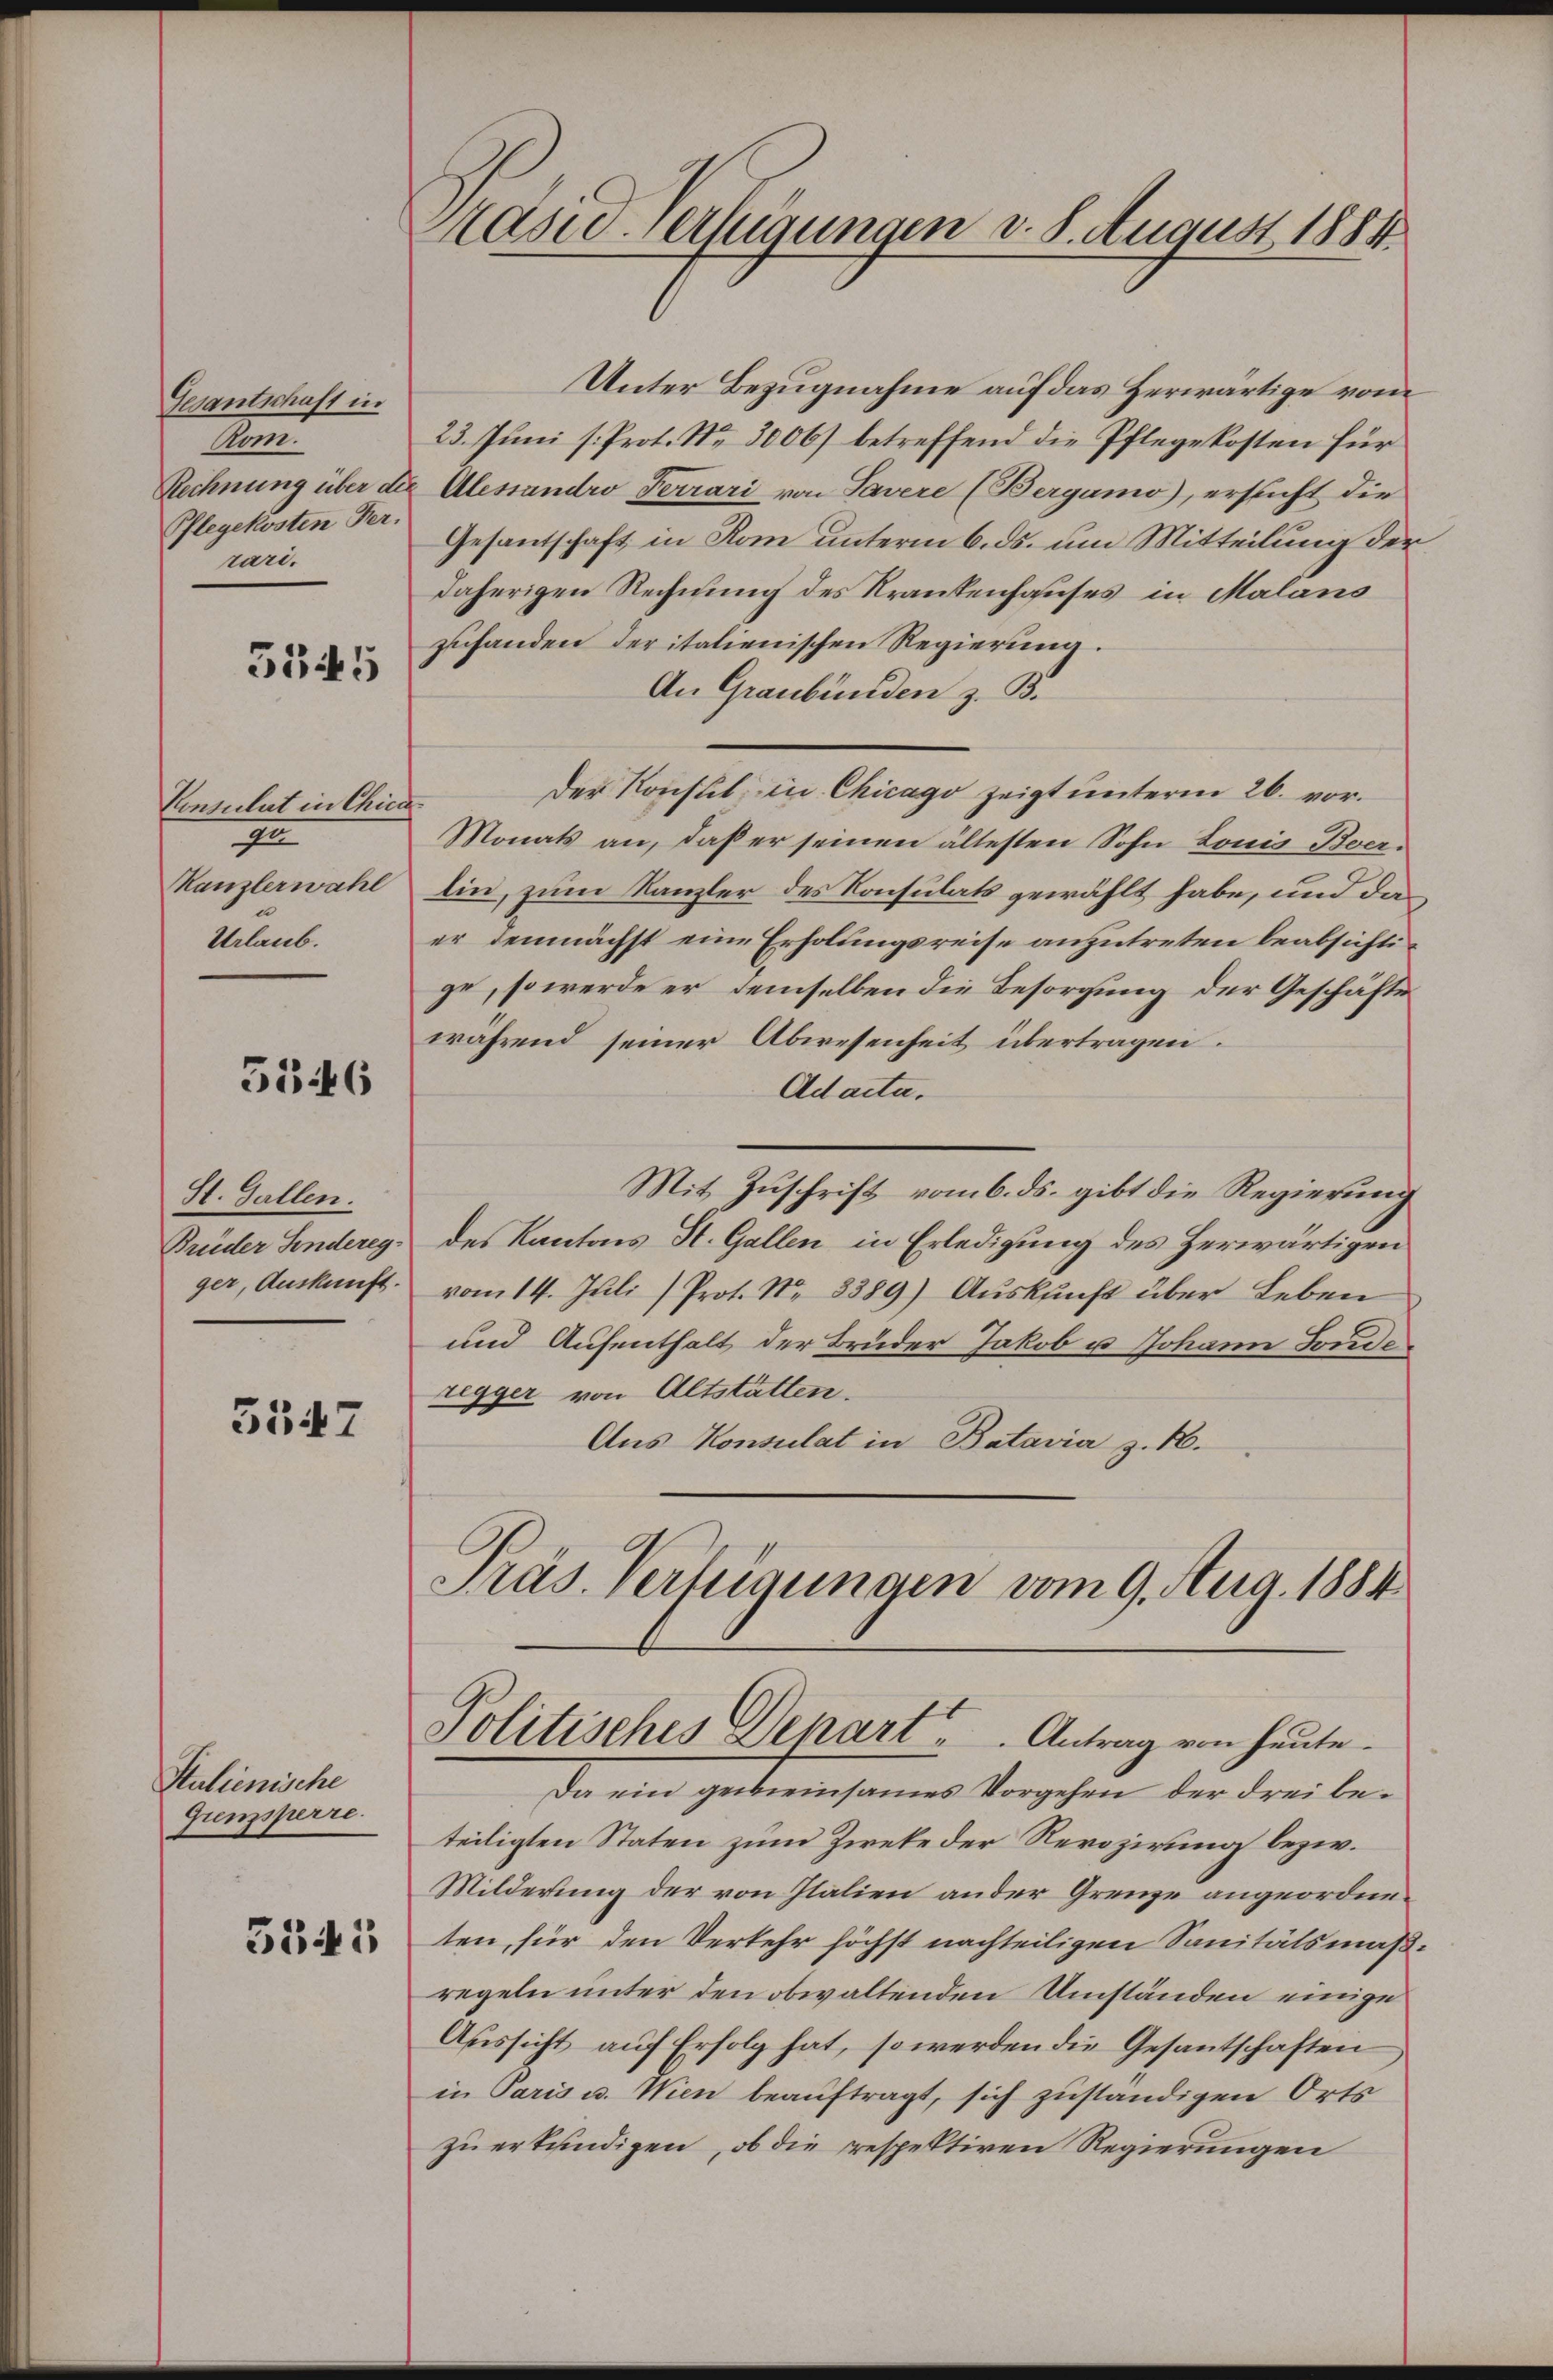
Gesantschaft in
Rom.
Rechnung über de
Pflegekosten Per.
rari.

5545

Consulat in Chica
I
Kanzlerwähl
Urlaub.

5146

St. Gallen.
Brüder Sindereg-
ger, Auskunft.

3547

Stulienische
Gremsperre

3345

Masie-Verfügungen d. 8. August 1884.

Unter Bezugnahme auf das Herwärtige vom
23. Juni s. Prot. No 3000 betreffend die Pflegekosten für
Alessandro Ferrari von Tavere (Bergamo), ersucht die
Gesantschaft in Rom unterm 6. ds. um Mitteilung der
daherigen Rechnung des Krankenhauses in Malans
zuhanden der italienischen Regierung.
An Graubünden z. B.
Der Konsul in Chicago zeigt unterm 26. vor.
Monats an, daß er seinen ältesten Sohn Louis Bverlin, zum Kanzler des Konsulats gewählt habe, und das
er demnächst eine Erholungsreise anzutreten beabsichtige, so werde er demselben die Besorgung der Geschäfte
während seiner Abwesenheit übertragen.
Adacta.
Mit Zuschrift vom 6. ds. gibt die Regierung
des Kantons St. Gallen in Erledigung des Herwärtigen
vom 14. Juli Prot. N. 3389) Auskunft über Leben
und Aufenthalt der Bruder Jakob u Johann Sonde
regger von Altstatten.
Aus Konsulat in Batavia z. B.
Präs. Verfügungen vom 9. Aug. 1884

Politisches Depart. Antrag von heute.

Da ein gemeinsames Vorgehen der drei beteiligten Staten zum Zweke der Revozirung bezw.
Milderung der von Italien ander Grenze angeordneten, für den Verkehr höchst nachteiligen Sanitätsmäßregeln unter den obwaltenden Umständen einige
Aussicht auf Erfolg hat, so werden die Gesantschaften
in Paris u. Wien beauftragt, sich zuständigen Orts
zu erkundigen, ob die respektiven Regierungen